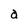
Character: a